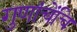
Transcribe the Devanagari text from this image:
गुणांचेंचि